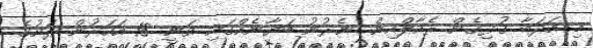
މި އަދަބާ ގުޅިގެން ރެއާލްއިން ނެރުނު ބަޔާނެއްގައި ވަނީ 18 އަހަރުން ދަށުގެ